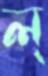
ল্